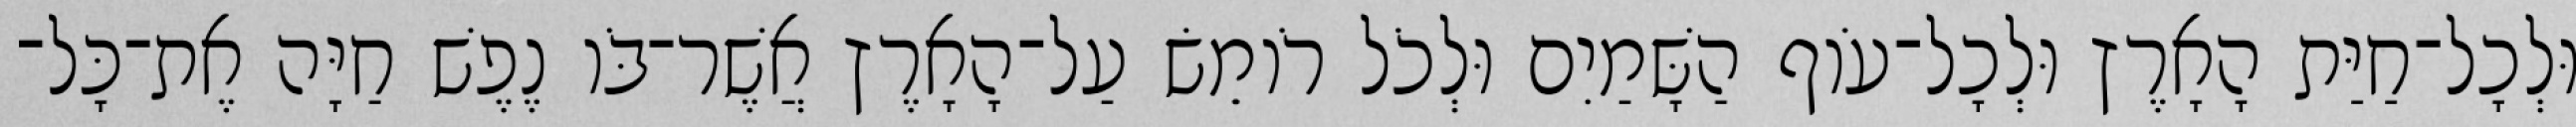
וּלְכָל־חַיַּת הָאָרֶץ וּלְכָל־עֹוף הַשָּׁמַיִם וּלְכֹל רֹומֵשׂ עַל־הָאָרֶץ אֲשֶׁר־בֹּו נֶפֶשׁ חַיָּה אֶת־כָּל־